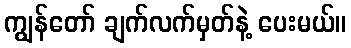
ကျွန်တော် ချက်လက်မှတ်နဲ့ ပေးမယ်။